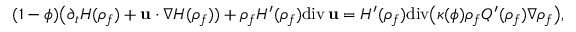
( 1 - \phi ) \big ( \partial _ { t } { H } ( { \rho } _ { f } ) + { \bf u } \cdot \nabla { H } ( { \rho } _ { f } ) ) + { \rho } _ { f } { H } ^ { \prime } ( { \rho } _ { f } ) \mathrm { d i v } \, { \bf u } = { H } ^ { \prime } ( { \rho } _ { f } ) \mathrm { d i v } \big ( \kappa ( \phi ) { \rho } _ { f } { Q } ^ { \prime } ( { \rho } _ { f } ) \nabla { \rho } _ { f } \big ) ,